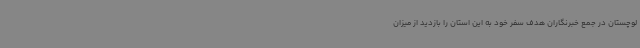
لوچستان در جمع خبرنگاران هدف سفر خود به این استان را بازدید از میزان